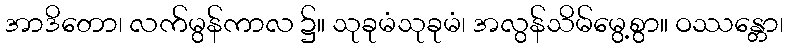
အာဒိတော၊ လက်မွန်ကာလ ၌။ သုခုမံသုခုမံ၊ အလွန်သိမ်မွေ့စွာ။ ဝဿန္တော၊